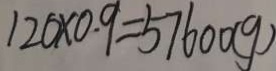
1 2 0 \times 0 . 9 = 5 7 6 0 0 ( g )